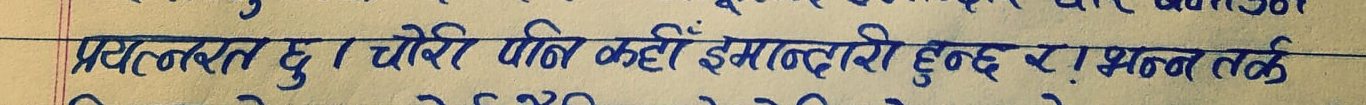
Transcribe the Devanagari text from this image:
प्रचलित हु। चोरी पनि कहीं ईमानदारी हुन्छ र? मन तर्फ